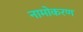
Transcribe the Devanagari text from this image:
नामोकरण